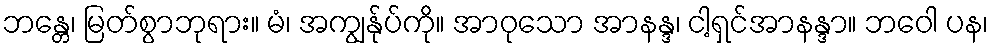
ဘန္တေ၊ မြတ်စွာဘုရား။ မံ၊ အကျွန်ုပ်ကို။ အာဝုသော အာနန္ဒ၊ ငါ့ရှင်အာနန္ဒာ။ ဘဝေါ ပန၊